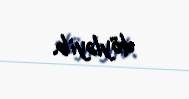
döyləyib.